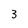
Character: 3